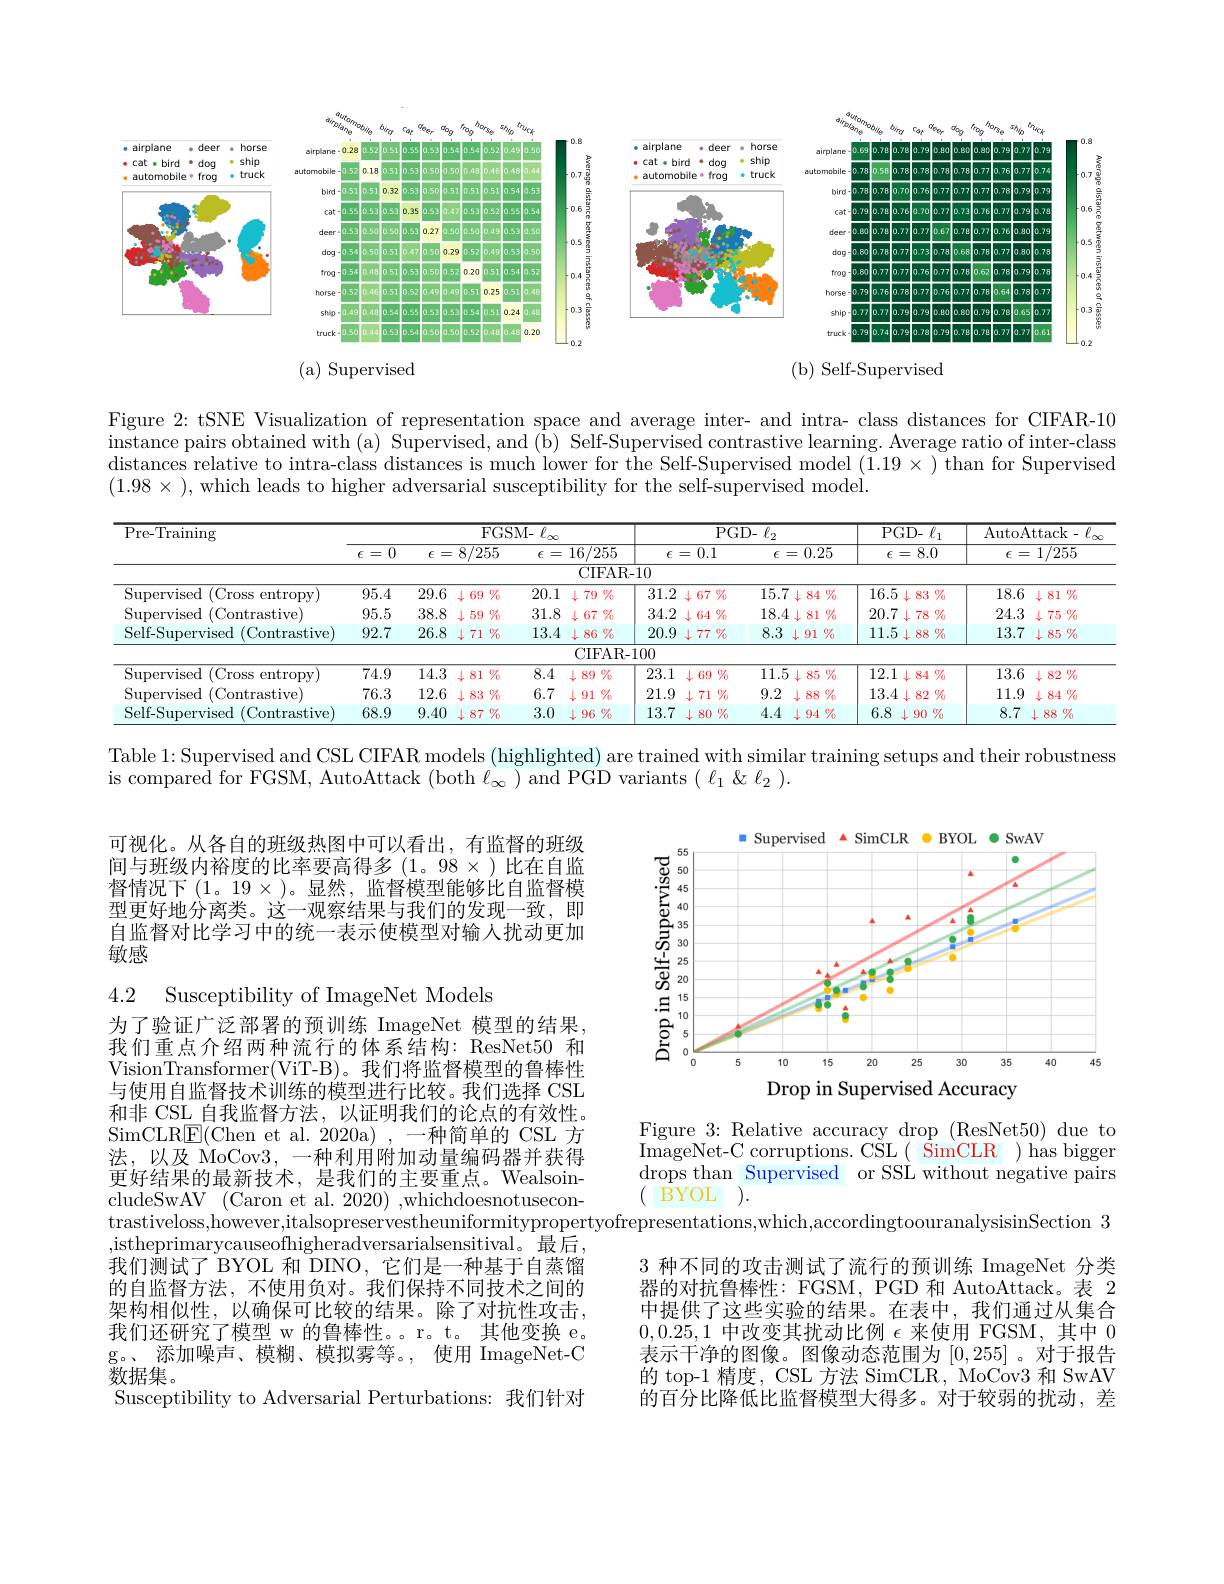
<FigureHere>

Figure 2: tSNE Visualization of representation space and average inter- and intra- class distances for CIFAR-10 $\begin{aligned}\text{instance pairs obtained w}\end{aligned}$ distances relative to intra-class distances is much lower for the Self-Supervised model $(1.19\times)$ than for Supervised $(1.98\times)$, which leads to higher adversarial susceptibility for the self-supervised model.

<table>
	<tbody>
		<tr>
			<th rowspan="3">$\overline{{\mathrm{Pre-Training}}}$</th>
			<th> </th>
			<th colspan="3">$\overline{{\mathrm{FGSM-~}\ell_{\infty}}}$</th>
			<th> </th>
			<th> </th>
			<th colspan="3">$\overline{{\mathrm{PGD-~}\ell_{2}}}$</th>
			<th>$\overline{{\mathrm{PG}}}$</th>
			<th rowspan="1">PGD- $\ell _{1}$</th>
			<th colspan="2">AutoAttack- $\ell$</th>
		</tr>
		<tr>
			<th>0 $\epsilon$ =</th>
			<th>$\epsilon$ =</th>
			<th>8/255</th>
			<th>$\epsilon$ =</th>
			<th>16/255</th>
			<th>$\epsilon$</th>
			<th>0.1 =</th>
			<th>$\epsilon$ -</th>
			<th>0.25 =</th>
			<th>$\epsilon$</th>
			<th>8.0 =</th>
			<th>$\epsilon$ </th>
			<th>1/255</th>
		</tr>
		<tr>
			<th> </th>
			<th> </th>
			<th> </th>
			<th> </th>
			<th>CIFAR</th>
			<th>-10</th>
			<th> </th>
			<th> </th>
			<th> </th>
			<th> </th>
			<th> </th>
			<th> </th>
			<th> </th>
		</tr>
		<tr>
			<td>$\operatorname{Supervised}$ (Cross entropy) 1</td>
			<td>95.4</td>
			<td>29.6</td>
			<td>$\downarrow\epsilon$ 69 $\ni\%$ 1 $\frac{1}{2}=\frac{1}{2}=\frac{1}{2}$</td>
			<td>20.1</td>
			<td>$79\%$ 1</td>
			<td>31.2</td>
			<td>$\downarrow67\%$</td>
			<td>15.7</td>
			<td>$\downarrow84\%$</td>
			<td>16.5</td>
			<td>83 $\mathrm{o\gamma}_0$ $\int_{-1}$</td>
			<td>18.6</td>
			<td>$\downarrow81$ $o\gamma_0$ 1 1 $\frac{1}{2}=\frac{1}{2}=\frac{1}{2}$</td>
		</tr>
		<tr>
			<td>Supervised (Contrastive)</td>
			<td>95.5</td>
			<td>38.8</td>
			<td>$\%$ 59 L</td>
			<td>31.8</td>
			<td>$67\%$ 1.</td>
			<td>34.2</td>
			<td>$64\%$ $L$</td>
			<td>18.4</td>
			<td>$w_0$ 81 $\begin{vmatrix}1&1\\1&1\end{vmatrix}$ $\frac{1}{2}=\frac{1}{2}=\frac{1}{2}$</td>
			<td>20.7</td>
			<td>$78\%$</td>
			<td>24.3</td>
			<td>$\mathrm{o\gamma}_0$ 75</td>
		</tr>
		<tr>
			<td>Self-Supervised (Contrastive)</td>
			<td>92.7</td>
			<td>26.8</td>
			<td>$\downarrow71\%$</td>
			<td>13.4</td>
			<td>$\downarrow86\%$</td>
			<td>20.9</td>
			<td>$+77\%$</td>
			<td>8.3</td>
			<td>$\downarrow91\%$</td>
			<td>11.5</td>
			<td>$\downarrow88\%$</td>
			<td>13.7</td>
			<td>$\downarrow85\%$</td>
		</tr>
		<tr>
			<td> </td>
			<td> </td>
			<td> </td>
			<td> </td>
			<td> </td>
			<td>CIFAR-</td>
			<td>.100</td>
			<td> </td>
			<td> </td>
			<td> </td>
			<td> </td>
			<td> </td>
			<td> </td>
			<td> </td>
		</tr>
		<tr>
			<td>Supervised 1 (Cross entropy)</td>
			<td>$\overline{74.9}$</td>
			<td>$\overline{14.3}$</td>
			<td>$\because\%$ 81 L $\frac{1}{2}=\frac{1}{2}=\frac{1}{2}$</td>
			<td>8.4</td>
			<td>89 $\%$ $\frac{1}{2}=\frac{1}{2}=\frac{1}{2}$</td>
			<td>23.1</td>
			<td>$\%$ 69</td>
			<td>$\overline{11.5}$</td>
			<td>$85\%$</td>
			<td>12.1</td>
			<td>070 84</td>
			<td>13.6</td>
			<td>0/4 82</td>
		</tr>
		<tr>
			<td>Supervised (Contrastive)</td>
			<td>76.3</td>
			<td>12.6</td>
			<td>$83\%$</td>
			<td>6.7</td>
			<td>0/0 91</td>
			<td>21.9</td>
			<td>71 $\bot\%$ 1.</td>
			<td>9.2</td>
			<td>$88\%$ 1</td>
			<td>13.4</td>
			<td>82 $\%$ $\frac{1}{2}=\frac{1}{2}=\frac{1}{2}$</td>
			<td>11.9</td>
			<td>$84\%$</td>
		</tr>
		<tr>
			<td>Self-Supervised (Contrastive)</td>
			<td>68.9</td>
			<td>9.40</td>
			<td>$87\%$ 11 $\frac{1}{2}=\frac{1}{2}=\frac{1}{2}$</td>
			<td>3.0</td>
			<td>$96\%$</td>
			<td>13.7</td>
			<td>$\%$ $\downarrow$ 80</td>
			<td>4.4</td>
			<td>$94\%$ 1</td>
			<td>6.8</td>
			<td>$\%$ 90</td>
			<td>8.7</td>
			<td>$\%$ 88</td>
		</tr>
	</tbody>
</table>

Table 1: Supervised and CSL CIFAR models (highlighted) are trained with similar training setups and their robustness

is compared for FGSM, AutoAttack (both $\ell_\infty)$ and PGD variants $(\ell_1\&\ell_2).$

可视化。从各自的班级热图中可以看出，有监督的班级间与班级内裕度的比率要高得多(1。98$\times)比在自监$ 督情况下(1。19×)。显然，监督模型能够比自监督型更好地分离类。这一观察结果与我们的发现一致，即自监督对比学习中的统一表示使模型对输人扰动更加敏感

<FigureHere>
Drop in Supervised Accuracy

4.2 Susceptibility of ImageNet Models

为了验证广泛部署的预训练 ImageNet 模型的结果， 我们重点介绍两种流行的体系结构：ResNet50 和VisionTransformer(ViT-B)。我们将监督模型的鲁棒性与使用自监督技术训练的模型进行比较。我们选择 CSL 和非 CSL\_自我监督方法，以证明我们的论点的有效性。SimCLR$\underline{\mathrm{E}}($Chen et al.2020a),一种简单的 CSL 方法，以及 MoCov3, 一种利用附加动量编码器并获得更好结果的最新技术，是我们的主要重点。WealsoincludeSwAV$\allowbreak ( {\mathrm{mod}} $Caron et al. 2020) , whichdoesnotusecon- ) trastiveloss,however,italsopreservestheuniformitypropertyofrepresentations,which,accordingtoouranalysisinSection 3
,istheprimarycauseofhigheradversarialsensitival。最后， 我们测试了 BYOL 和 DINO, 它们是一种基于自蒸馏的自监督方法，不使用负对。我们保持不同技术之间的架构相似性，以确保可比较的结果。除了对抗性攻击， 我们还研究了模型 w 的鲁棒性。。r。t。其他变换 e。g。、添加噪声、模糊、模拟雾等。,使用 ImageNet-C 数据集。
Susceptibility to Adversaria

Figure 3: Relative accuracy drop (ResNet50) due to ImageNet-C corruptions. CSL( SimCLR) has bigger drops than Supervised or SSL without negative pairs ( BYOL ).
3 种不同的攻击测试了流行的预训练 ImageNet 分类器的对抗鲁棒性：FGSM, PGD 和 AutoAtt 中提供了这些实验的结果。在表中，我们通过从集合0,0.25,1中改变其扰动比例$\epsilon$来使用 FGSM,其中0表示干净的图像。图像动态范围为[0,255] 。对于报告的 top-1 精度，CSL 方法 SimCLR, MoCov3 和 SwAV 的百分比降低比监督模型大得多。对于较弱的扰动，差